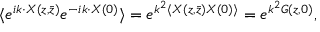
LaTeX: \langle e ^ { i k \cdot X ( z , \bar { z } ) } e ^ { - i k \cdot X ( 0 ) } \rangle = e ^ { k ^ { 2 } \langle X ( z , \bar { z } ) X ( 0 ) \rangle } = e ^ { k ^ { 2 } G ( z , 0 ) } ,